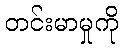
တင်းမာမှုကို